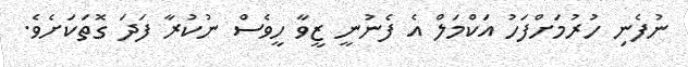
ނުފެނި ހުރުމަށްފަހު އަކްމަލް އެ ފެނުނީ ޒީވާ ހީވެސް ނުކުރާ ފަދަ ގޮތަކަށެވެ.